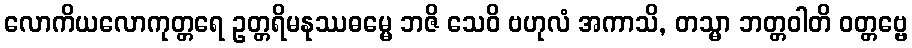
လောကိယလောကုတ္တရေ ဥတ္တရိမနုဿဓမ္မေ ဘဇိ သေဝိ ဗဟုလံ အကာသိ, တသ္မာ ဘတ္တဝါတိ ဝတ္တဗ္ဗေ